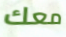
معك